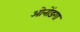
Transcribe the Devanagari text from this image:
ओनोंडगा